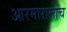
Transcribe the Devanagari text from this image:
आरमारालाच